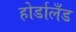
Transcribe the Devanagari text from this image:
होर्डालँड